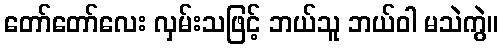
တော်တော်လေး လှမ်းသဖြင့် ဘယ်သူ ဘယ်ဝါ မသဲကွဲ။